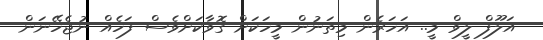
އަލޫފް ލީވް މީ.. އަހަރެން މިތަނުން މީހަކަށް ގޮވާކަށްވެސް ފަހެެއް ނުޖެހޭނަން